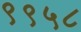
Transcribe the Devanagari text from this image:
९९५८